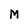
Character: M